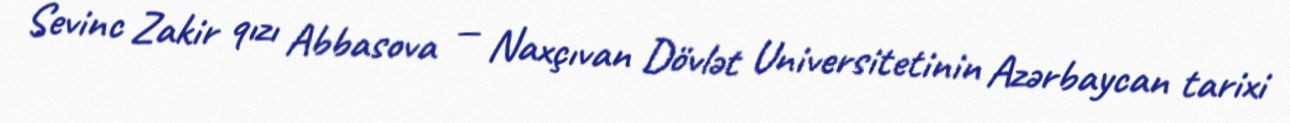
Sevinc Zakir qızı Abbasova — Naxçıvan Dövlət Universitetinin Azərbaycan tarixi